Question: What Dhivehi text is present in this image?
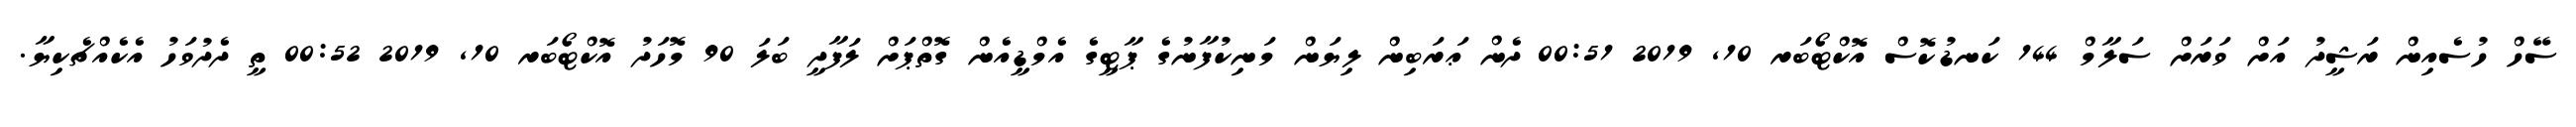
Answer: ސޭހް ހުސެއިން ރަޝީދު އަށް ވަރަށް ސަލާމް 144 ކަނޑުކޮސް އޮކްޓޯބަރ 10, 2019 00:51 ދެން ޢަރަބިން ލިޔަން މަނިކުފާނުގެ ޕާޓީގެ އެމްޑީއެން ގޮތްޕަށް ލަފާދީ ބަލަ 90 މޮހަދު އޮކްޓޯބަރ 10, 2019 00:52 ތީ ދެދުވަހު އެކެއްޗެކިޔާ.